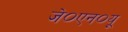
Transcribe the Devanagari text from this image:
जे०एन०यू